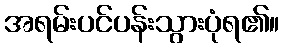
အရမ်းပင်ပန်းသွားပုံရ၏။